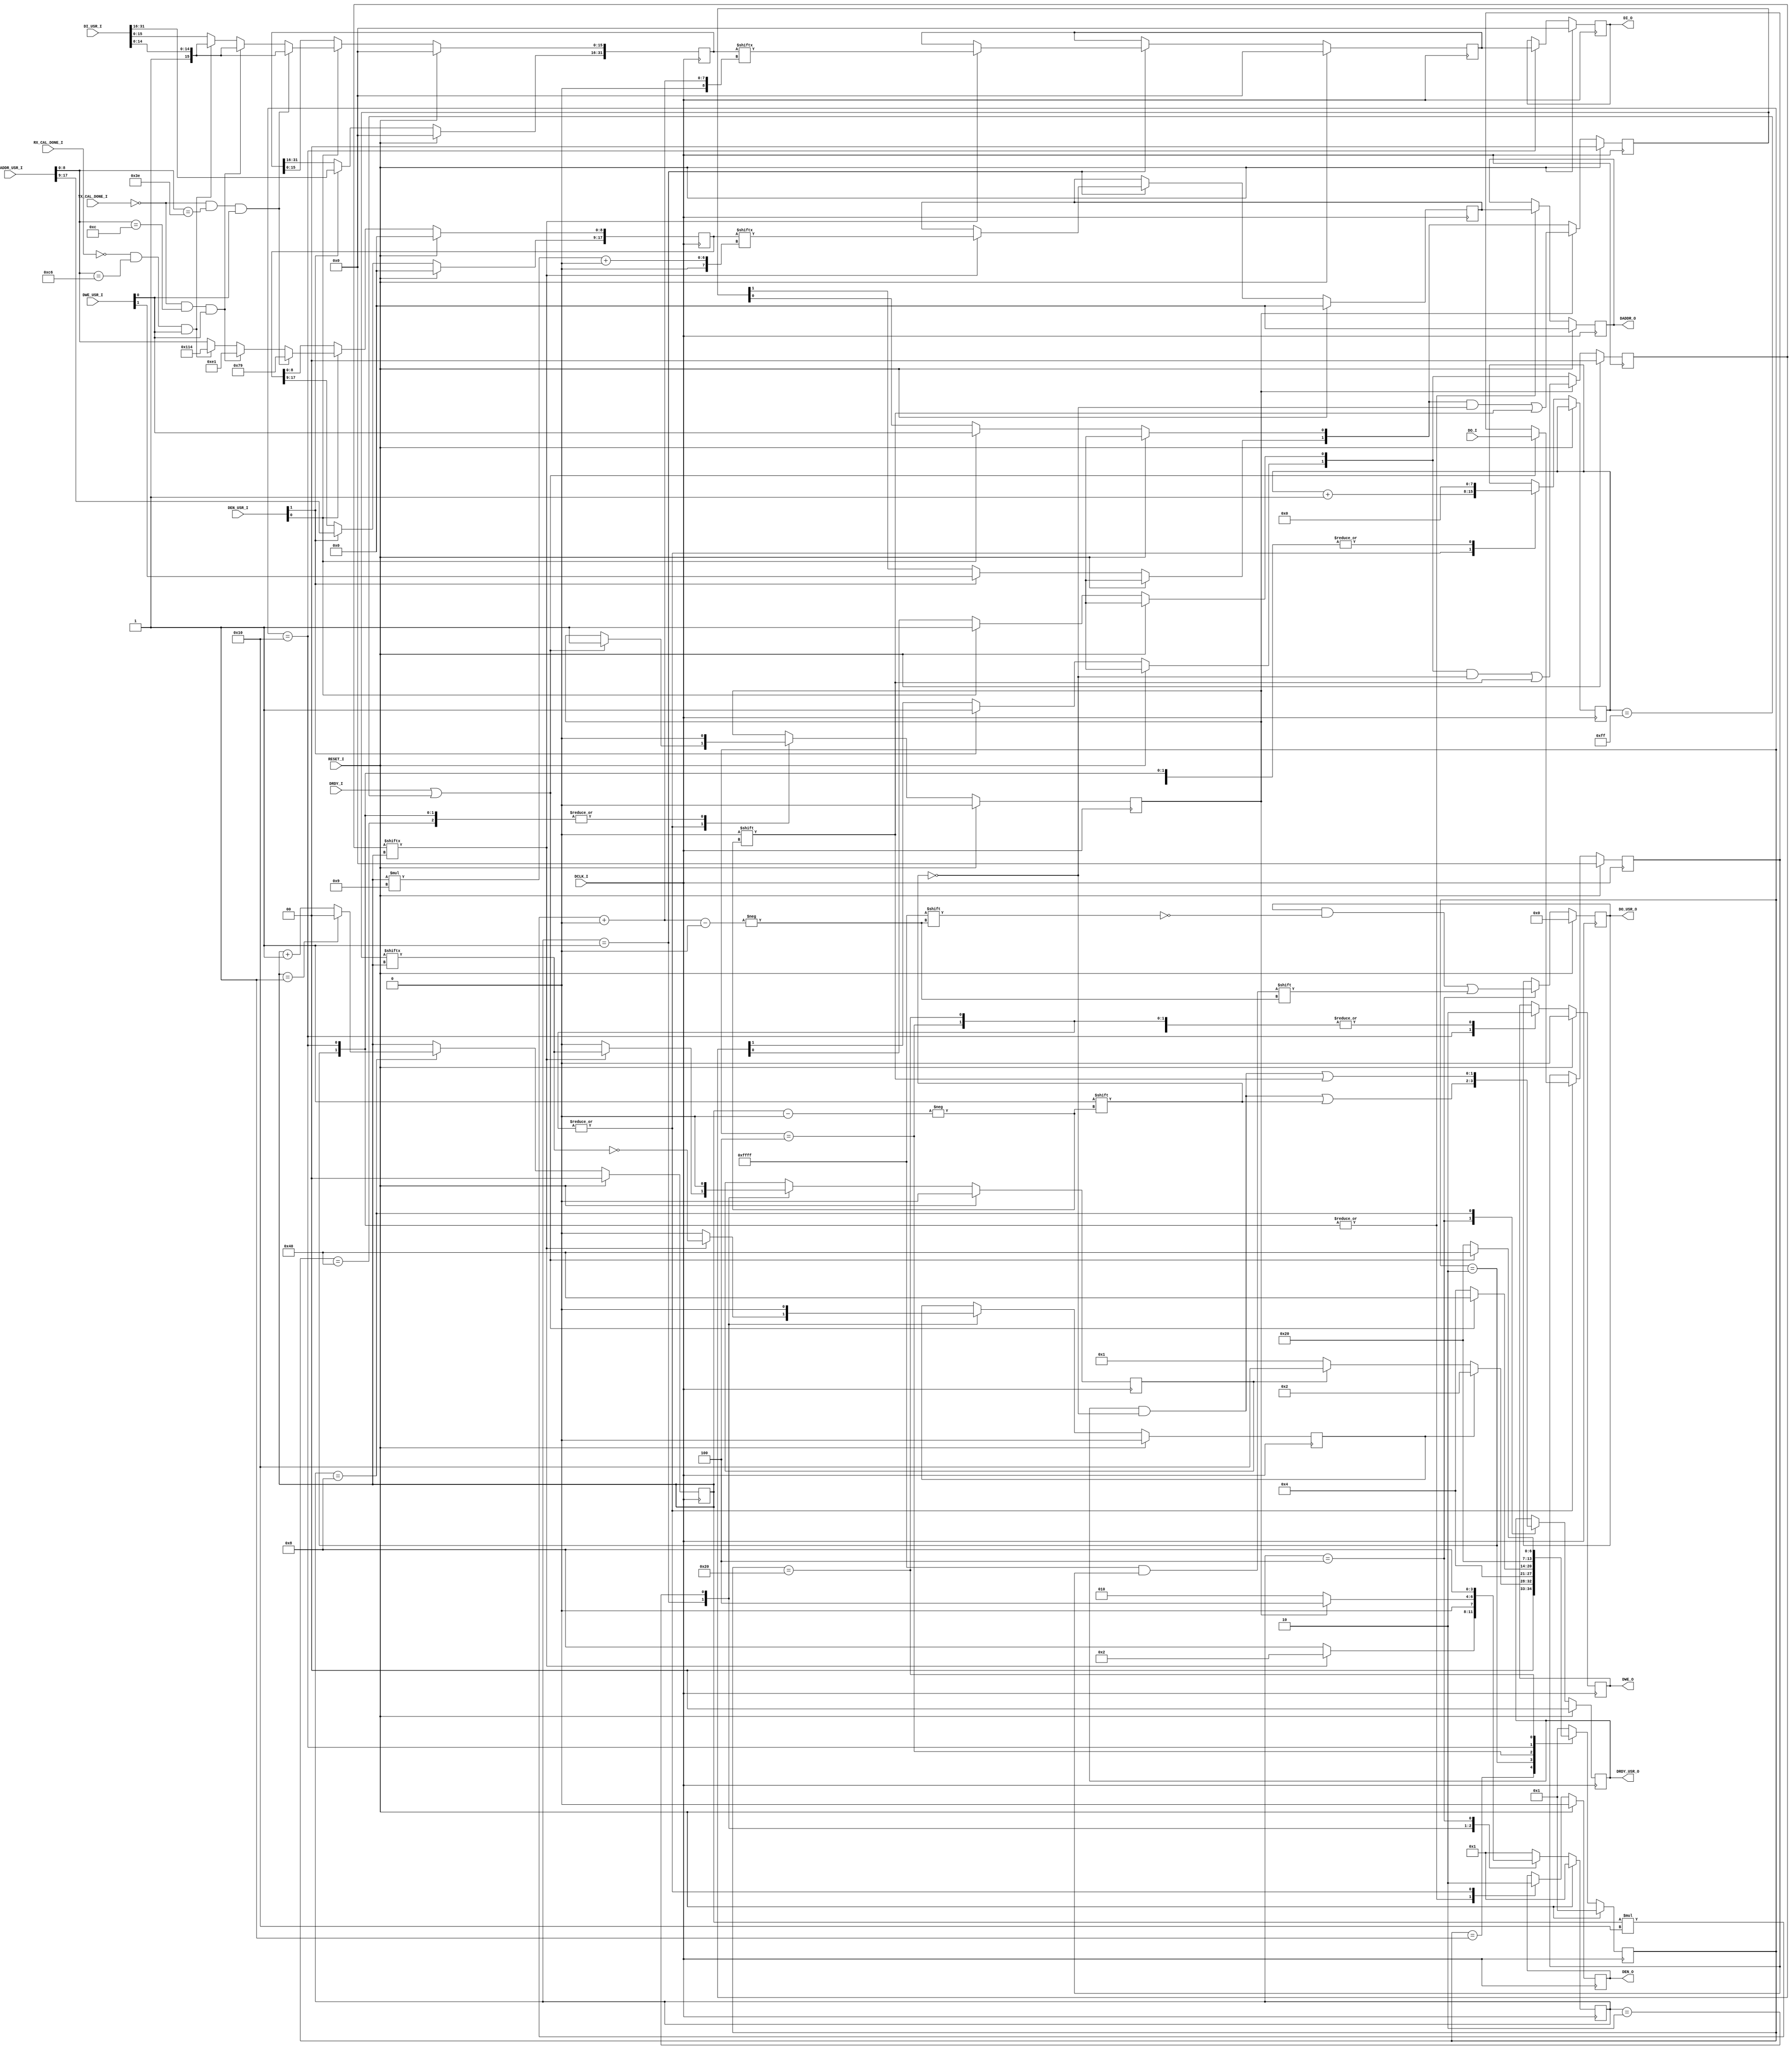
//------------------------------------------------------------------------------
//  (c) Copyright 2013-2015 Xilinx, Inc. All rights reserved.
//
//  This file contains confidential and proprietary information
//  of Xilinx, Inc. and is protected under U.S. and
//  international copyright and other intellectual property
//  laws.
//
//  DISCLAIMER
//  This disclaimer is not a license and does not grant any
//  rights to the materials distributed herewith. Except as
//  otherwise provided in a valid license issued to you by
//  Xilinx, and to the maximum extent permitted by applicable
//  law: (1) THESE MATERIALS ARE MADE AVAILABLE "AS IS" AND
//  WITH ALL FAULTS, AND XILINX HEREBY DISCLAIMS ALL WARRANTIES
//  AND CONDITIONS, EXPRESS, IMPLIED, OR STATUTORY, INCLUDING
//  BUT NOT LIMITED TO WARRANTIES OF MERCHANTABILITY, NON-
//  INFRINGEMENT, OR FITNESS FOR ANY PARTICULAR PURPOSE; and
//  (2) Xilinx shall not be liable (whether in contract or tort,
//  including negligence, or under any other theory of
//  liability) for any loss or damage of any kind or nature
//  related to, arising under or in connection with these
//  materials, including for any direct, or any indirect,
//  special, incidental, or consequential loss or damage
//  (including loss of data, profits, goodwill, or any type of
//  loss or damage suffered as a result of any action brought
//  by a third party) even if such damage or loss was
//  reasonably foreseeable or Xilinx had been advised of the
//  possibility of the same.
//
//  CRITICAL APPLICATIONS
//  Xilinx products are not designed or intended to be fail-
//  safe, or for use in any application requiring fail-safe
//  performance, such as life-support or safety devices or
//  systems, Class III medical devices, nuclear facilities,
//  applications related to the deployment of airbags, or any
//  other applications that could lead to death, personal
//  injury, or severe property or environmental damage
//  (individually and collectively, "Critical
//  Applications"). Customer assumes the sole risk and
//  liability of any use of Xilinx products in Critical
//  Applications, subject only to applicable laws and
//  regulations governing limitations on product liability.
//
//  THIS COPYRIGHT NOTICE AND DISCLAIMER MUST BE RETAINED AS
//  PART OF THIS FILE AT ALL TIMES.
//------------------------------------------------------------------------------

// ***************************
// * DO NOT MODIFY THIS FILE *
// ***************************

`timescale 1ps/1ps

module gtwizard_ultrascale_v1_7_5_gte4_drp_arb 

#(
  parameter [9:0]  ADDR_TX_PROGCLK_SEL = 10'h00C,
  parameter [9:0]  ADDR_TX_PROGDIV_CFG = 10'h03E, //GTY /GTH addresses are different  (003E in GTH; 0057 in GTY)
  parameter [9:0]  ADDR_RX_PROGDIV_CFG = 10'h0C6,
  parameter [9:0]  ADDR_X0E1 = 10'h0E1,
  parameter [9:0]  ADDR_X079 = 10'h079,
  parameter [9:0]  ADDR_X114 = 10'h114,
  parameter C_NUM_CLIENTS = 2,
  parameter C_ADDR_WIDTH = 9,
  parameter C_DATA_WIDTH = 16
)
(

  input  wire                                     DCLK_I,

  input  wire                                     RESET_I,
  
  input wire                                      TX_CAL_DONE_I, 
  input wire                                      RX_CAL_DONE_I,

  input  wire [C_NUM_CLIENTS-1:0]                 DEN_USR_I,

  input  wire [C_NUM_CLIENTS-1:0]                 DWE_USR_I,

  input  wire [(C_ADDR_WIDTH*C_NUM_CLIENTS)-1:0]  DADDR_USR_I,

  input  wire [(C_DATA_WIDTH*C_NUM_CLIENTS)-1:0]  DI_USR_I,

  output reg  [(C_DATA_WIDTH*C_NUM_CLIENTS)-1:0]  DO_USR_O = 'h0,

  output reg  [C_NUM_CLIENTS-1:0]                 DRDY_USR_O = 'h0,



  output reg                                      DEN_O = 1'b0,

  output reg                                      DWE_O = 1'b0,

  output reg  [C_ADDR_WIDTH-1:0]                  DADDR_O = 1'b0,

  output reg  [C_DATA_WIDTH-1:0]                  DI_O = 'h0,

  input  wire [C_DATA_WIDTH-1:0]                  DO_I,

  input  wire                                     DRDY_I

);

  //

  //  log base 2

  //

  function integer clogb2;

    input integer depth;

    integer d;

    begin

      if (depth == 0)

        clogb2 = 1;

      else

      begin

        d = depth;

        for (clogb2=0; d > 0; clogb2 = clogb2+1)

          d = d >> 1;

      end

    end

  endfunction



  

  reg [clogb2(C_NUM_CLIENTS)-1:0]         idx = 'b0;

  reg                                     done = 1'b0;

  

  reg                                     rd = 1'b0;

  reg                                     wr = 1'b0;

  

  reg [C_NUM_CLIENTS-1:0]                 en = 'h0;

  reg [C_NUM_CLIENTS-1:0]                 we = 'h0;

  reg [(C_DATA_WIDTH*C_NUM_CLIENTS)-1:0]  data_i = 'h0;

  reg [(C_ADDR_WIDTH*C_NUM_CLIENTS)-1:0]  addr_i = 'h0;

  

  

  reg [C_DATA_WIDTH-1:0]                  di = 'h0;

  reg [C_ADDR_WIDTH-1:0]                  daddr = 'h0;

  reg [C_DATA_WIDTH-1:0]                  do_r = 'h0;

  

  //

  // Arbitration state machine encodings

  //

  localparam [3:0] ARB_START    = 4'd1;

  localparam [3:0] ARB_WAIT     = 4'd2;

  localparam [3:0] ARB_REPORT   = 4'd4;

  localparam [3:0] ARB_INC      = 4'd8;

  

  reg [3:0] arb_state = ARB_START;

  

  //

  // DRP state machine encodings

  //

  localparam [6:0] DRP_WAIT      = 7'd1;

  localparam [6:0] DRP_READ      = 7'd2;

  localparam [6:0] DRP_READ_ACK  = 7'd4;

  localparam [6:0] DRP_MODIFY    = 7'd8;

  localparam [6:0] DRP_WRITE     = 7'd16;

  localparam [6:0] DRP_WRITE_ACK = 7'd32;

  localparam [6:0] DRP_DONE      = 7'd64;

  

  reg [6:0] drp_state = DRP_WAIT;

  

  reg [7:0] timeout_cntr = 0;

  

  integer i;

  

  //

  // Register incoming transactions: grab data, address, write enable when DEN is high

  // Clear internal enable when transaction is (eventually) finished

  //

  always @(posedge DCLK_I)

  begin

    if (RESET_I)

    begin

      en <= 'b0;

      we <= 'b0;

      data_i <= 'b0;

      addr_i <= 'b0;

    end

    else

    begin

      if (DEN_USR_I[0]) begin 
      
        en[0] <= 1'b1;  // this means this client wants to do a transaction

        we[0] <= DWE_USR_I[0];

        //data_i[(i*C_DATA_WIDTH) +: C_DATA_WIDTH] <= DI_USR_I[(i*C_DATA_WIDTH) +: C_DATA_WIDTH];
        //addr_i[(i*C_ADDR_WIDTH) +: C_ADDR_WIDTH] <= DADDR_USR_I[(i*C_ADDR_WIDTH) +: C_ADDR_WIDTH];      
        
        // if cpll cal not done (mask) from cpll cal, if user tries to write, always save progdiv to temp holding place. 
        if (!TX_CAL_DONE_I && DADDR_USR_I[(0*C_ADDR_WIDTH) +: C_ADDR_WIDTH] == ADDR_TX_PROGDIV_CFG && DWE_USR_I[0]) begin  
            addr_i[(0*C_ADDR_WIDTH) +: C_ADDR_WIDTH] <= ADDR_X079;
            data_i[(0*C_DATA_WIDTH) +: C_DATA_WIDTH] <= {1'b1,DI_USR_I[(0*C_DATA_WIDTH) +: C_DATA_WIDTH-1]};
        end
        else if (!TX_CAL_DONE_I && DADDR_USR_I[(0*C_ADDR_WIDTH) +: C_ADDR_WIDTH] == ADDR_TX_PROGCLK_SEL && DWE_USR_I[0]) begin 
            addr_i[(0*C_ADDR_WIDTH) +: C_ADDR_WIDTH] <= ADDR_X0E1;
            data_i[(0*C_DATA_WIDTH) +: C_DATA_WIDTH] <= {1'b1,DI_USR_I[(0*C_DATA_WIDTH) +: C_DATA_WIDTH-1]};
        end
        else if (!RX_CAL_DONE_I && DADDR_USR_I[(0*C_ADDR_WIDTH) +: C_ADDR_WIDTH] == ADDR_RX_PROGDIV_CFG && DWE_USR_I[0]) begin 
            addr_i[(0*C_ADDR_WIDTH) +: C_ADDR_WIDTH] <= ADDR_X114;
            data_i[(0*C_DATA_WIDTH) +: C_DATA_WIDTH] <= {1'b1,DI_USR_I[(0*C_DATA_WIDTH) +: C_DATA_WIDTH-1]};
        end
        else begin
            //behave normal
            addr_i[(0*C_ADDR_WIDTH) +: C_ADDR_WIDTH] <= DADDR_USR_I[(0*C_ADDR_WIDTH) +: C_ADDR_WIDTH];
            data_i[(0*C_DATA_WIDTH) +: C_DATA_WIDTH] <= DI_USR_I[(0*C_DATA_WIDTH) +: C_DATA_WIDTH];
        end
        
      end

      for (i = 1; i < C_NUM_CLIENTS; i= i+1) 

      begin

        if (DEN_USR_I[i])

        begin

          en[i] <= 1'b1;  // this means this client wants to do a transaction

          we[i] <= DWE_USR_I[i];

          data_i[(i*C_DATA_WIDTH) +: C_DATA_WIDTH] <= DI_USR_I[(i*C_DATA_WIDTH) +: C_DATA_WIDTH];

          addr_i[(i*C_ADDR_WIDTH) +: C_ADDR_WIDTH] <= DADDR_USR_I[(i*C_ADDR_WIDTH) +: C_ADDR_WIDTH];

        end

      end

      if (done)

      begin

        en[idx] <= 1'b0;

        we[idx] <= 1'b0;

      end  

    end     

  end

           

  

  //

  // Arbitration FSM - does a round-robin arbritration scheme

  //

  always @(posedge DCLK_I)

  begin

    if (RESET_I) 

    begin

      idx <= 'b0;

      di <= 'b0;

      daddr <= 'b0;

      rd <= 1'b0;

      wr <= 1'b0;

      arb_state <= ARB_START;

      DRDY_USR_O <= 'b0;

      DO_USR_O <= 'b0;

    end

    else

    begin

      case (arb_state)

        ARB_START: begin

          if (en[idx] == 1'b1) 

          begin

            di    <= data_i[idx*C_DATA_WIDTH +: C_DATA_WIDTH];

            daddr <= addr_i[idx*C_ADDR_WIDTH +: C_ADDR_WIDTH];

            rd    <= !we[idx];

            wr    <= we[idx];

            arb_state <= ARB_WAIT;

          end

          else

          begin 

            rd    <= 1'b0;

            wr    <= 1'b0;

            arb_state <= ARB_INC;

          end 

        end

        ARB_WAIT: begin

          rd <= 1'b0;

          wr <= 1'b0;

          if (done == 1'b1)  

            arb_state <= ARB_REPORT;

          else

            arb_state <= ARB_WAIT;

        end

        ARB_REPORT: begin

          DRDY_USR_O[idx] <= 1'b1;

          DO_USR_O[idx*C_DATA_WIDTH +: C_DATA_WIDTH] <= do_r;

          arb_state <= ARB_INC;

        end

        ARB_INC : begin

          DRDY_USR_O[idx] <= 1'b0;

          if (idx == C_NUM_CLIENTS-1)

            idx <= 1'b0;

          else

            idx <= idx + 1;

          arb_state <= ARB_START;

        end

        default: arb_state <= ARB_START;

        

      endcase

    end

  end  

  

  

  //

  // DRP FSM - does the actual DRP read or write

  //

  always @(posedge DCLK_I) 

  begin

    if (RESET_I) 

    begin

      DEN_O <=  1'b0;

      DWE_O <=  1'b0;

      DI_O <=  16'h0000;

      DADDR_O <= 'b0;

      do_r <= 'b0;

      drp_state <=  DRP_WAIT;

      done <=  1'b0;

    end

    else 

    begin

      case (drp_state)

        DRP_WAIT: begin

          timeout_cntr <= 8'h0;

          if (rd) drp_state <=  DRP_READ;

          else if (wr) drp_state <=  DRP_WRITE;

          else         drp_state <=  DRP_WAIT;

        end

        DRP_READ: begin

          DEN_O <=  1'b1;

          DWE_O <=  1'b0;

          DADDR_O <= daddr;

          timeout_cntr <= 8'h0;

          done <= 1'b0;

          drp_state <=  DRP_READ_ACK;

        end

        DRP_READ_ACK: begin

          DEN_O <=  1'b0;

          DWE_O <=  1'b0;

          timeout_cntr <= timeout_cntr + 1;

          if (DRDY_I == 1'b1 || timeout_cntr == 8'hFF) 

          begin

            do_r <= DO_I;

            done <= 1'b1;

            drp_state <=  DRP_DONE;

          end  

          else      

            drp_state <=  DRP_READ_ACK; 

        end

        DRP_WRITE: begin

          DEN_O <=  1'b1;

          DWE_O <=  1'b1;

          DADDR_O <=  daddr;

          DI_O <=  di;

          timeout_cntr <= 8'h0;

          done <= 1'b0;

          drp_state <=  DRP_WRITE_ACK;

        end

        DRP_WRITE_ACK: begin

          DEN_O <=  1'b0;

          DWE_O <=  1'b0;

          timeout_cntr <= timeout_cntr + 1;

          if (DRDY_I == 1'b1 || timeout_cntr == 8'hFF) 

          begin
          
            do_r <= DO_I;

            done <= 1'b1;

            drp_state <=  DRP_DONE;

          end  

          else              

            drp_state <=  DRP_WRITE_ACK;

        end

        DRP_DONE: begin

          timeout_cntr <= 8'h0;

          done <= 1'b0; // done was asserted in the previous state

          drp_state <=  DRP_WAIT;

        end

          default: drp_state <=  DRP_WAIT;

      endcase

    end

  end

  

endmodule